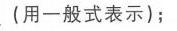
(用一般式表示);